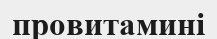
провитамині